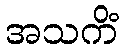
အသကိံ